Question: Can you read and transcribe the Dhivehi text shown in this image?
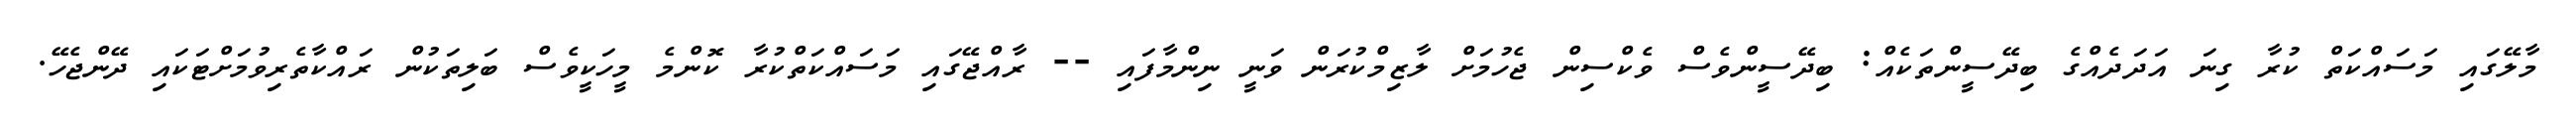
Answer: މާލޭގައި މަސައްކަތް ކުރާ ގިނަ އަދަދެއްގެ ބިދޭސީންތަކެއް: ބިދޭސީންވެސް ވެކްސިން ޖެހުމަށް ލާޒިމްކުރަން ވަނީ ނިންމާފައި -- ރާއްޖޭގައި މަސައްކަތްކުރާ ކޮންމެ މީހަކީވެސް ބަލިތަކުން ރައްކާތެރިވުމަށްޓަކައި ދޭންޖެހޭ.